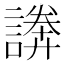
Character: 𧫵